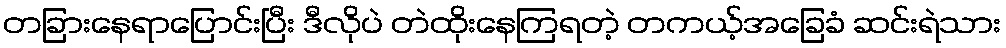
တခြားနေရာပြောင်းပြီး ဒီလိုပဲ တဲထိုးနေကြရတဲ့ တကယ့်အခြေခံ ဆင်းရဲသား